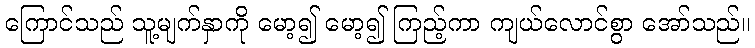
ကြောင်သည် သူ့မျက်နှာကို မော့၍ မော့၍ ကြည့်ကာ ကျယ်လောင်စွာ အော်သည်။